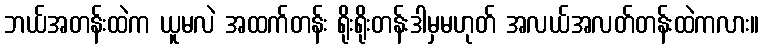
ဘယ်အတန်းထဲက ယူမလဲ အထက်တန်း ရိုးရိုးတန်းဒါမှမဟုတ် အလယ်အလတ်တန်းထဲကလား။